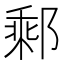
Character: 𨝄